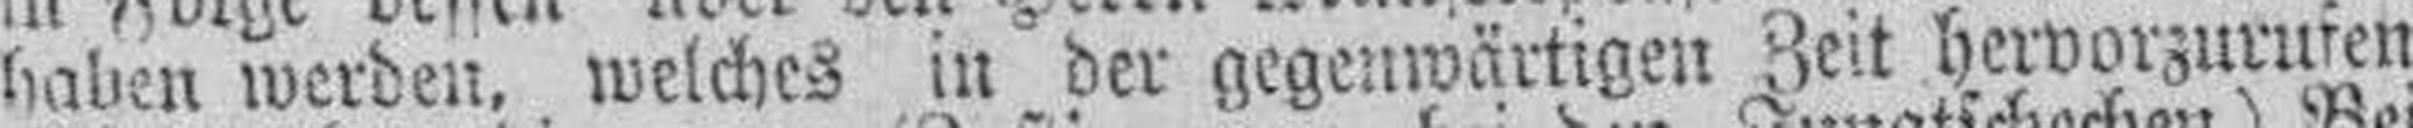
haben werden, welches in der gegenwärtigen Zeit hervorzurufen